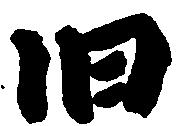
旧